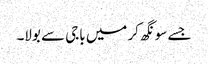
جسے سونگھ کر میں باجی سے بولا۔